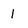
Character: 1